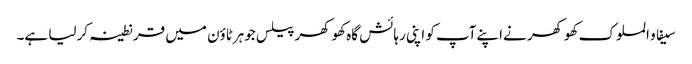
سیفاو الملوک کھوکھر نےاپنےآپ کو اپنی رہائش گاہ کھوکھر پیلس جوہرٹاؤن میں قرنطینہ کرلیا ہے۔